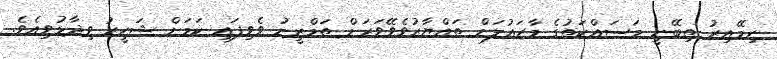
ނިމޭއިރު ތިބޭނީ މަސައްކަތުގެ މާހައުލަށް ތައްޔާރުވެވޭވަރަށް ތަމްރީނު ވެވިފައި ކަމަށް ޝަހީރު ވިދާޅުވިއެވެ.